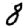
Digit: 8